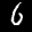
Label: 6